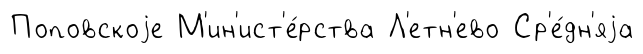
Поповскоjе М'ин'ист'е́рства Л'етн'ево Ср'е́дн'яjа